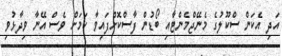
އަދި އެކަން ސްކޫލުގެ މެނޭޖްމެންޓާއި ބޯޑުން ފާސްކޮށްފައިވާ ކަމަށް ވެސް އޭނާ ވިދާޅުވި